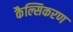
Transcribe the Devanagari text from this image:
कैल्सिकरण